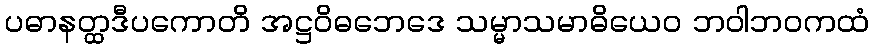
ပဓာနတ္ထဒီပကောတိ အဋ္ဌဝိဓဘေဒေ သမ္မာသမာဓိယေဝ ဘဝါဘဝကထံ